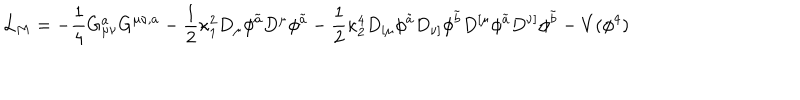
LaTeX: { \cal L } _ { M } = - \frac { 1 } { 4 } G _ { \mu \nu } ^ { a } G ^ { \mu \nu , a } - { \frac { 1 } { 2 } } \kappa _ { 1 } ^ { 2 } D _ { \mu } \phi ^ { \tilde { a } } D ^ { \mu } \phi ^ { \tilde { a } } - { \frac { 1 } { 2 } } \kappa _ { 2 } ^ { 4 } D _ { [ \mu } \phi ^ { \tilde { a } } D _ { \nu ] } \phi ^ { \tilde { b } } D ^ { [ \mu } \phi ^ { \tilde { a } } D ^ { \nu ] } \phi ^ { \tilde { b } } - V ( \phi ^ { 4 } ) \,